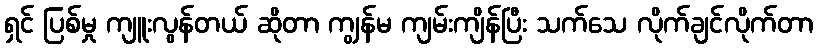
ရှင် ပြစ်မှု ကျူးလွန်တယ် ဆိုတာ ကျွန်မ ကျမ်းကျိန်ပြီး သက်သေ လိုက်ချင်လိုက်တာ